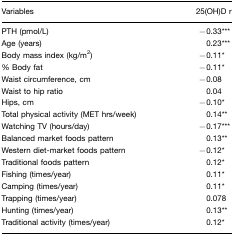
<table><thead><tr><td><b>Variables</b></td><td><b>25(OH)D r</b></td></tr></thead><tbody><tr><td>PTH (pmol/L)</td><td>−0.33***</td></tr><tr><td>Age (years)</td><td>0.23***</td></tr><tr><td>Body mass index (kg/m<sup>2</sup>)</td><td>−0.11*</td></tr><tr><td>% Body fat</td><td>−0.11*</td></tr><tr><td>Waist circumference, cm</td><td>−0.08</td></tr><tr><td>Waist to hip ratio</td><td>0.04</td></tr><tr><td>Hips, cm</td><td>−0.10*</td></tr><tr><td>Total physical activity (MET hrs/week)</td><td>0.14**</td></tr><tr><td>Watching TV (hours/day)</td><td>−0.17***</td></tr><tr><td>Balanced market foods pattern</td><td>0.13**</td></tr><tr><td>Western diet-market foods pattern</td><td>−0.12*</td></tr><tr><td>Traditional foods pattern</td><td>0.12*</td></tr><tr><td>Fishing (times/year)</td><td>0.11*</td></tr><tr><td>Camping (times/year)</td><td>0.11*</td></tr><tr><td>Trapping (times/year)</td><td>0.078</td></tr><tr><td>Hunting (times/year)</td><td>0.13**</td></tr><tr><td>Traditional activity (times/year)</td><td>0.12*</td></tr></tbody></table>